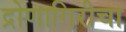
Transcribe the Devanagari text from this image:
द्रोणागिरीचा